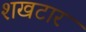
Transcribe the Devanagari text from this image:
शखटार